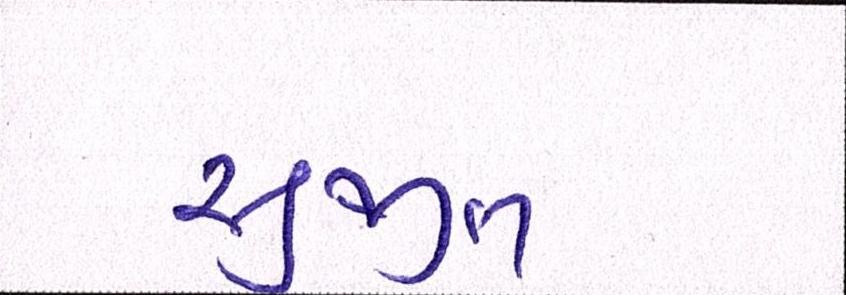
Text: સુજીત